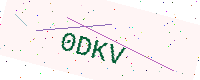
Text: 0DKV